Note on the mental hospitals in Burma - 1925-1940
Year: 1925
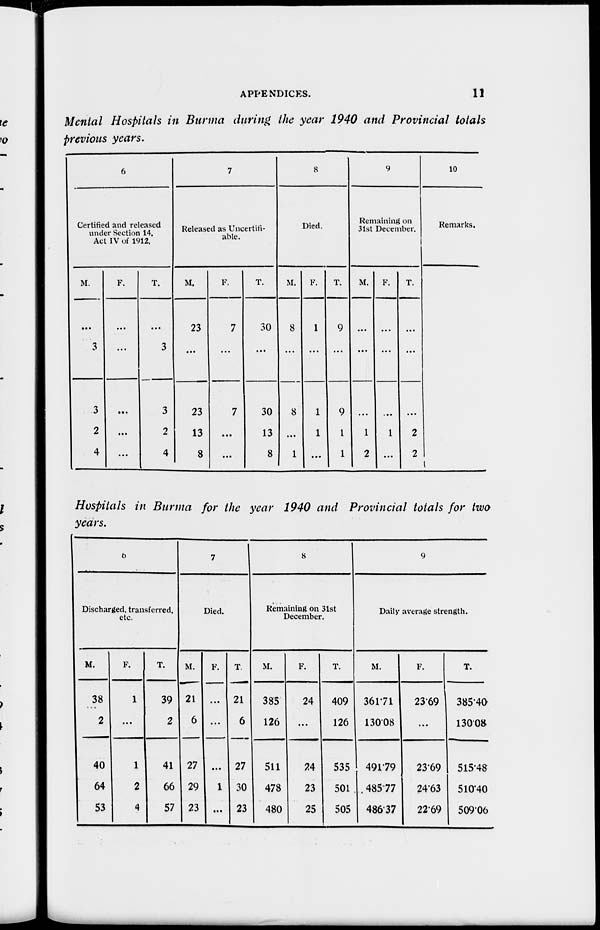
APPENDICES.
11
Mental Hospitals in Burma during the year 1940 and Provincial totals
previous years.
6
Certified and released
under Section 14,
Act IV of 1912.
M.
...
3
3
2
4
F.
...
...
...
...
...
T.
...
3
3
2
4
7
Released as Uncertifi-
able.
M.
23
...
23
13
8
F.
7
...
7
...
...
T.
30
...
30
13
8
8
Died.
M.
8
...
8
...
1
F.
1
...
1
1
...
T.
9
...
9
1
1
9
Remaining on
31st December.
M.
...
...
...
1
2
F.
...
...
...
1
...
T.
...
...
...
2
2
10
Remarks.
Hospitals in Burma for the year 1940 and Provincial totals for two
years.
6
Discharged, transferred,
etc.
M.
38
2
40
64
53
F.
1
...
1
2
4
T.
39
2
41
66
57
7
Died.
M.
21
6
27
29
23
F.
...
...
...
1
...
T.
21
6
27
30
23
8
Remaining on 31st
December.
M.
385
126
511
478
480
F.
24
...
24
23
25
T.
409
126
535
501
505
9
Daily average strength.
M.
361.71
130.08
491.79
485.77
486.37
F.
23.69
...
23.69
24.63
22.69
T.
385.40
130.08
515.48
510.40
509.06